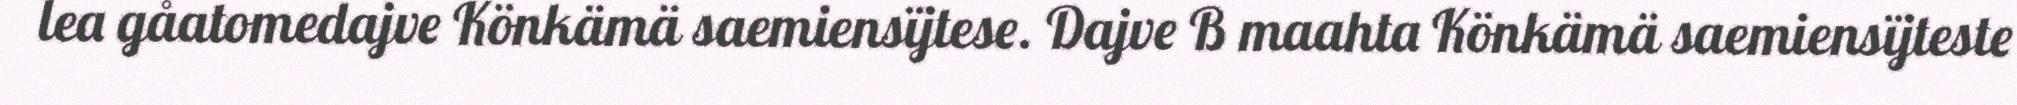
lea gåatomedajve Könkämä saemiensïjtese. Dajve B maahta Könkämä saemiensïjteste